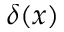
\delta ( x )